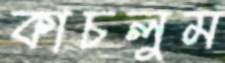
কাচলুম